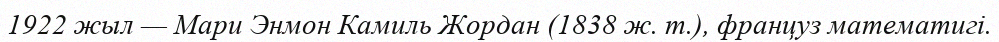
1922 жыл — Мари Энмон Камиль Жордан (1838 ж. т.), француз математигі.